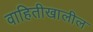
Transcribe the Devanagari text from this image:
वाहितीखालील